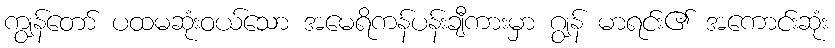
ကျွန်တော် ပထမဆုံးဝယ်သော အမေရိကန်ပန်းချီကားမှာ ဂျွန် မာရင်း၏ အကောင်းဆုံး